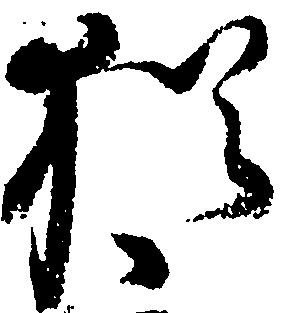
猶